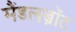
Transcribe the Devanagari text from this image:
मैंडलब्रॉट